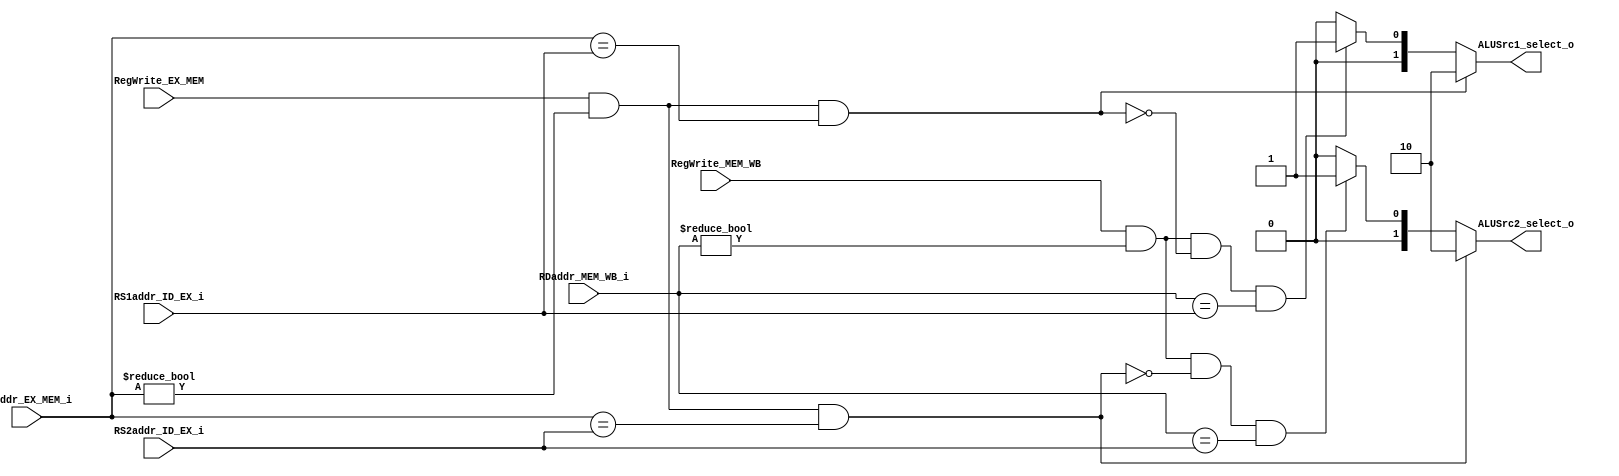
module Forwarding(
	input 			RegWrite_EX_MEM,
    input 			RegWrite_MEM_WB,
    input 	[4:0]	RS1addr_ID_EX_i,
    input 	[4:0]	RS2addr_ID_EX_i,
    input 	[4:0]	RDaddr_EX_MEM_i,
    input 	[4:0]	RDaddr_MEM_WB_i,
    output 	[1:0]	ALUSrc1_select_o,
    output 	[1:0]	ALUSrc2_select_o
);

assign ALUSrc1_select_o    =   (RegWrite_EX_MEM && (RDaddr_EX_MEM_i != 5'b0) && (RDaddr_EX_MEM_i == RS1addr_ID_EX_i))? 2'b10 : (RegWrite_MEM_WB && (RDaddr_MEM_WB_i != 5'b0) && !(RegWrite_EX_MEM && (RDaddr_EX_MEM_i != 5'b0) && (RDaddr_EX_MEM_i == RS1addr_ID_EX_i)) && (RDaddr_MEM_WB_i == RS1addr_ID_EX_i))? 2'b01 : 2'b00;

assign ALUSrc2_select_o    =   (RegWrite_EX_MEM && (RDaddr_EX_MEM_i != 5'b0) && (RDaddr_EX_MEM_i == RS2addr_ID_EX_i))? 2'b10 : (RegWrite_MEM_WB && (RDaddr_MEM_WB_i != 5'b0) && !(RegWrite_EX_MEM && (RDaddr_EX_MEM_i != 5'b0) && (RDaddr_EX_MEM_i == RS2addr_ID_EX_i)) && (RDaddr_MEM_WB_i == RS2addr_ID_EX_i))? 2'b01 : 2'b00;


endmodule